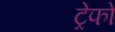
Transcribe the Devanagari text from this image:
ट्रेफो